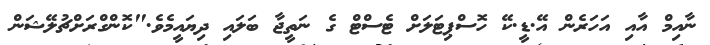
ނާއިމް އާއިި އަހަރެން އޭ.ޑީ.ކޭ ހޮސްޕިޓަލަށް ޓެސްޓް ގެ ނަތީޖާ ބަލައި ދިޔައީމެވެ."ކޮންގްރަށްޗުލޭޝަން